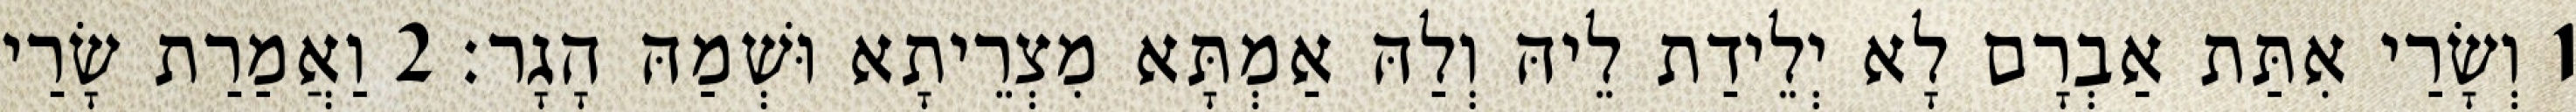
1 וְשָׂרַי אִתַּת אַבְרָם לָא יְלֵידַת לֵיהּ וְלַהּ אַמְתָּא מִצְרֵיתָא וּשְׁמַהּ הָגָר׃ 2 וַאֲמַרַת שָׂרַי